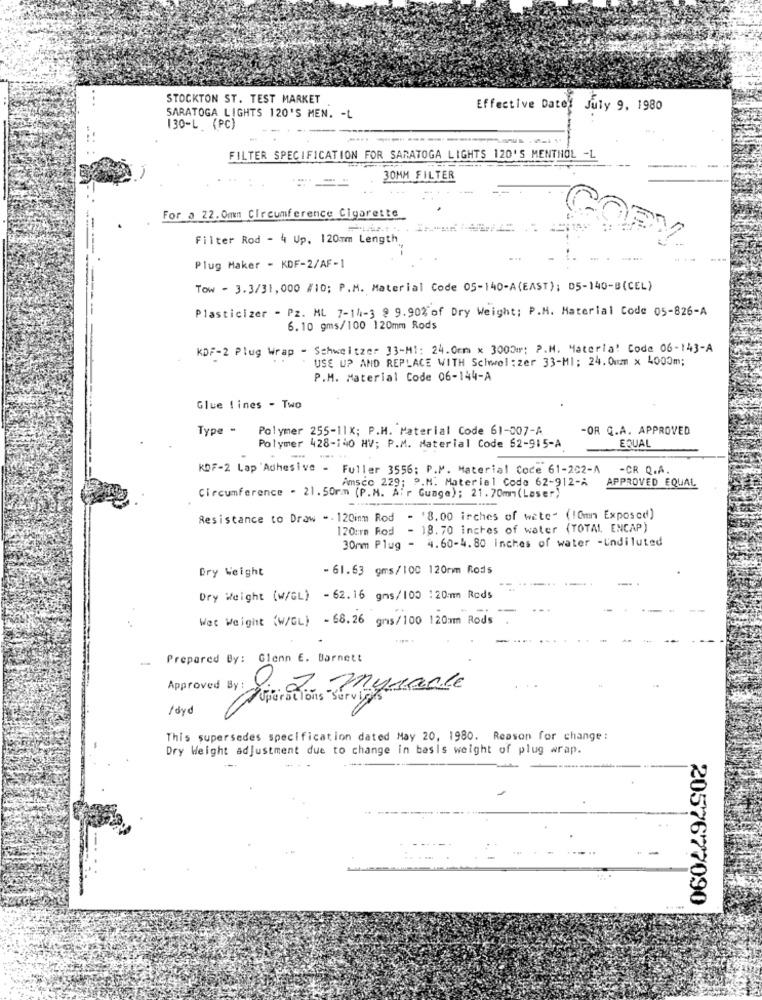
STOCKTON ST. TEST MARKET
Effective Date: July 9, 1980
SARATOGA LIGHTS 120'S MEN. - L
130-L (PC)
-- -
FILTER SPECIFICATION FOR SARATOGA LIGHTS 120'S MENTHOL -L
30MM FILTER
For a 22. 0mm Circumference Cigarette
Filter Rod - 4 Up. 120mm Length
Plug Maker - KDF-2/AF-1
Tow - 3.3/31,000 #10; P.M. Material Code 05-140-A(EAST); 05-140-B(CEL)
Plasticizer - Pz. ML 7-14-3 9 9.90% of Dry Weight: P.M. Material Code 05-826-A
6.10 gms/100 120mm Rods
KDF-2 Plug Wrap - Schweitzer 33-M1: 24.0mm x 3000m; P.M. Materia! Code 06-143-A
USE UP AND REPLACE WITH Schwel: zer 33-Ml; 24. 0mm x 4000m;
P.M. Material Code 06-144-A
Glue lines - Two
Type - Polymer 255-11x; P.M. Material Code 61-007-A
-OR Q.A. APPROVED
EQUAL
Polymer 428-140 HV; P.M. Material Code 62-915-A
----
KOF-2 Lap'Adhesive - Fuller 3556; P.M. Material Coce 61-202-A
-CR Q.A.
Amsco 229; P.M. Material Coda 62-912-A
APPROVED EQUAL
Circumference - 21.50mm (P.M. Air Guage); 21.70mm(Loser)
Resistance to Draw - . 120imm Rod - '8.00 inches of water (10mn Exposcd)
120:rm Rod - 18.70 inches of water (TOTAL ENCAP)
30mm Plug - 4.60-4.80 inches of water -Undiluted
Dry Weight
- 61.63 gms/100 120rmm Rods
Dry Weight (W/GL) - 62.16 gms/100 :20mm Rods
Wet Weight (W/GL) - 68.26 gms/100 120mm Rods
-
Prepared By: Glenn E. Barnett
Approved By : 2.2. myracle
lord
This supersedes specification dated May 20, 1980. Reason for change :
Dry Weight adjustment due to change in basis weight of plug wrap.
2057677090